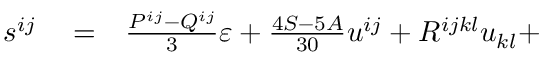
\begin{array} { r l r } { s ^ { i j } } & { { } = } & { \frac { P ^ { i j } - Q ^ { i j } } 3 \varepsilon + \frac { 4 S - 5 A } { 3 0 } u ^ { i j } + R ^ { i j k l } u _ { k l } + } \end{array}